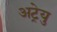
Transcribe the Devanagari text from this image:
अट्रेयु